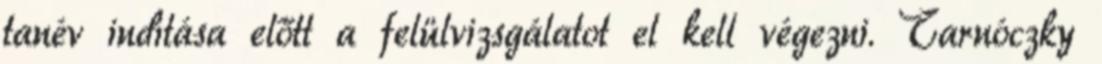
tanév indítása előtt a felülvizsgálatot el kell végezni. Tarnóczky